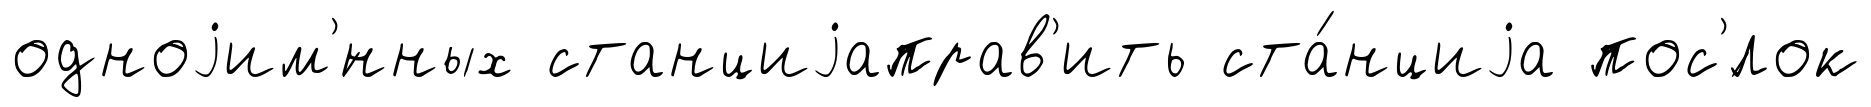
одноjим'́нных станциjаправ'ить ста́нциjа пос'́лок